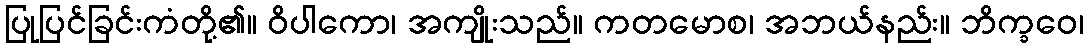
ပြုပြင်ခြင်းကံတို့၏။ ဝိပါကော၊ အကျိုးသည်။ ကတမောစ၊ အဘယ်နည်း။ ဘိက္ခဝေ၊